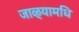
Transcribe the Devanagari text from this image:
जाळ्यामधि